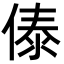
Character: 傣